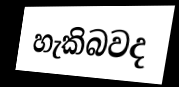
හැකිබවද